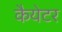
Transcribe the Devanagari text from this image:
कैयेटर